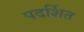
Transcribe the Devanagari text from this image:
पदर्शित